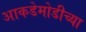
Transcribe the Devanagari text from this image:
आकडेमोडीच्या